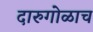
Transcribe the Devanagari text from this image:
दारुगोळाच